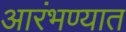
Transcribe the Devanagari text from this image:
आरंभण्यात